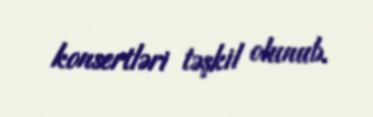
konsertləri təşkil olunub.